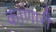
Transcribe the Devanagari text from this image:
काणारी